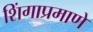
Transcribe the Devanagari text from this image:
शिंगाप्रमाणे